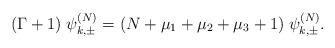
LaTeX: \begin{align*} (\Gamma+1)\;\psi_{k,\pm}^{(N)}=(N+\mu_1+\mu_2+\mu_3+1)\;\psi_{k,\pm}^{(N)}.\end{align*}